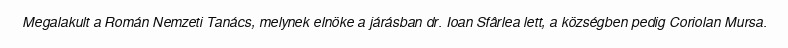
Megalakult a Román Nemzeti Tanács, melynek elnöke a járásban dr. Ioan Sfârlea lett, a községben pedig Coriolan Mursa.